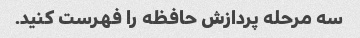
سه مرحله پردازش حافظه را فهرست کنید.